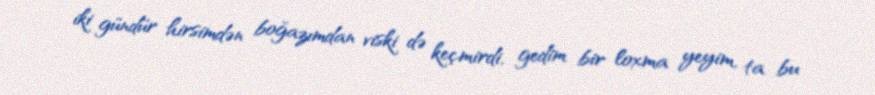
iki gündür hirsimdən boğazımdan viski də keçmirdi, gedim bir loxma yeyim, ta bu